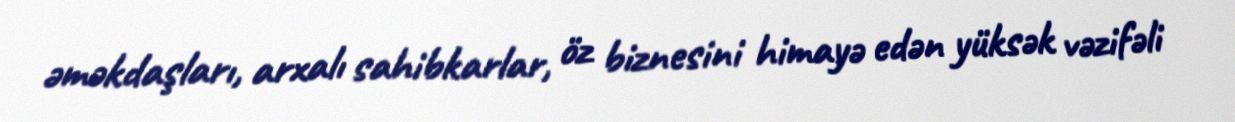
əməkdaşları, arxalı sahibkarlar, öz biznesini himayə edən yüksək vəzifəli